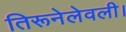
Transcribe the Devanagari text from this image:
तिरूनेलेवली।